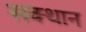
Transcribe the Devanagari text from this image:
सक्थान